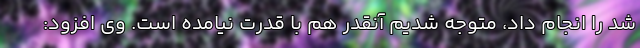
شد را انجام داد، متوجه شدیم آنقدر هم با قدرت نیامده است. وی افزود: